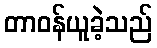
တာဝန်ယူခဲ့သည်